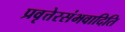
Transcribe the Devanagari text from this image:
प्रवृत्तेरसंभवादिति